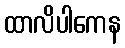
ထာလိပါကေန